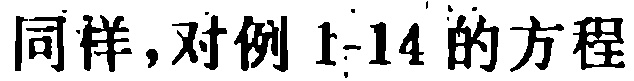
同样，对例 1-14 的方程